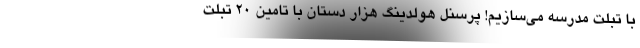
با تبلت مدرسه می‌سازیم! پرسنل هولدینگ هزار دستان با تامین ۲۰ تبلت